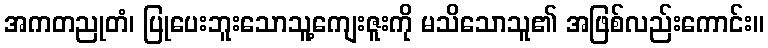
အကတညုတံ၊ ပြုပေးဘူးသောသူ့ကျေးဇူးကို မသိသောသူ၏ အဖြစ်လည်းကောင်း။